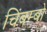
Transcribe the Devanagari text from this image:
चिंबम्बो